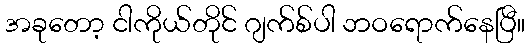
အခုတော့ ငါကိုယ်တိုင် ဂျက်စ်ပါ ဘဝရောက်နေပြီ။